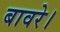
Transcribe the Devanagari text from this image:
बावरे।